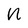
Character: N